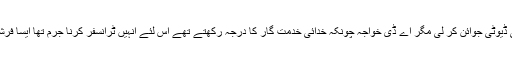
انہوں نے سر جھکایا اپنی حکومتوں کا حکم مانا اور جا کر نئی ڈیوٹی جوائن کر لی مگر اے ڈی خواجہ چونکہ خدائی خدمت گار کا درجہ رکھتے تھے اس لئے انہیں ٹرانسفر کرنا جرم تھا ایسا فرشتہ صفت اگر کبھی ٹرانسفر ہو گیا تو موہنجو ڈارو کا کیا ہو گا۔